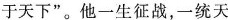
于天下”。他一生征战，一统天